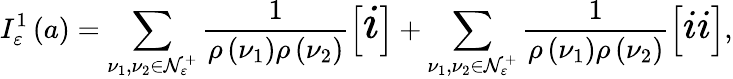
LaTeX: I_{\varepsilon}^{1}\left(a\right)=\sum_{\nu_{1},\nu_{2}\in{\cal N}_{\varepsilon}^{+}}\frac{1}{\rho\left(\nu_{1}\right)\rho\left(\nu_{2}\right)}\left[{\LARGE i}\right]+\sum_{\nu_{1},\nu_{2}\in{\cal N}_{\varepsilon}^{+}}\frac{1}{\rho\left(\nu_{1}\right)\rho\left(\nu_{2}\right)}\left[{\Large ii}\right],